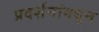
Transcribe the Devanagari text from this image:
प्रदर्शनांमधून